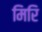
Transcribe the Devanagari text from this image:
मिरि